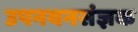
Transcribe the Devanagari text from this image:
उपनयनसंज्ञक